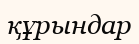
құрындар